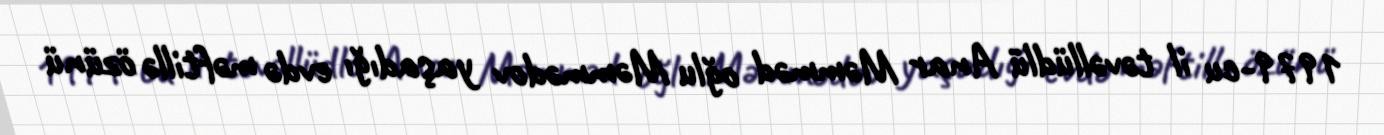
1979-cu il təvəllüdlü Anar Məmməd oğlu Məmmədov yaşadığı evdə məftillə özünü